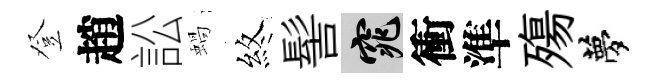
登趙訟蝸煞髻窕衝準殤夢